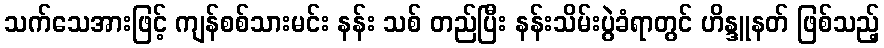
သက်သေအားဖြင့် ကျန်စစ်သားမင်း နန်း သစ် တည်ပြီး နန်းသိမ်းပွဲခံရာတွင် ဟိန္ဒူနတ် ဖြစ်သည့်